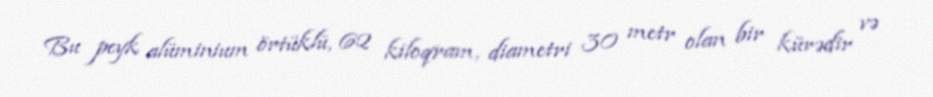
Bu peyk alüminium örtüklü, 62 kiloqram, diametri 30 metr olan bir kürədir və